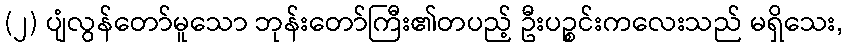
(၂) ပျံလွန်တော်မူသော ဘုန်းတော်ကြီး၏တပည့် ဦးပဉ္စင်းကလေးသည် မရှိသေး,